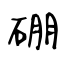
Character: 硼